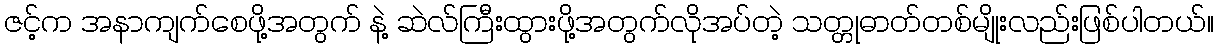
ဇင့်က အနာကျက်စေဖို့အတွက် နဲ့ ဆဲလ်ကြီးထွားဖို့အတွက်လိုအပ်တဲ့ သတ္တုဓာတ်တစ်မျိုးလည်းဖြစ်ပါတယ်။